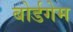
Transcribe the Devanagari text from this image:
बोर्डगेम